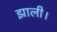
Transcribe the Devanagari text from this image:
झाली।